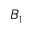
B _ { 1 }